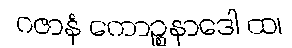
ဂဇာနံ ကောဉ္စနာဒေါ ထ၊